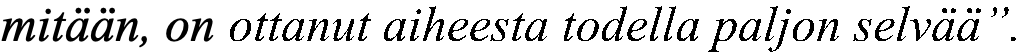
mitään, on ottanut aiheesta todella paljon selvää”.